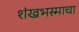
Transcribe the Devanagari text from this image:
शंखभस्माचा